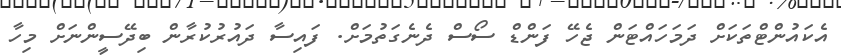
އެކައުންޓްތަކަށް ދަމަހައްޓަން ޖެހޭ ފަންޑް ސޯސް ދެނެގަތުމަށް. ފައިސާ ދައުރުކުރާން ބިދޭސީންނަށް މިހާ